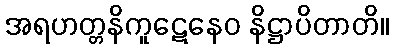
အရဟတ္တနိကူဋေနေဝ နိဋ္ဌာပိတာတိ။